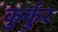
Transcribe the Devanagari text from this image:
कुर्कुर